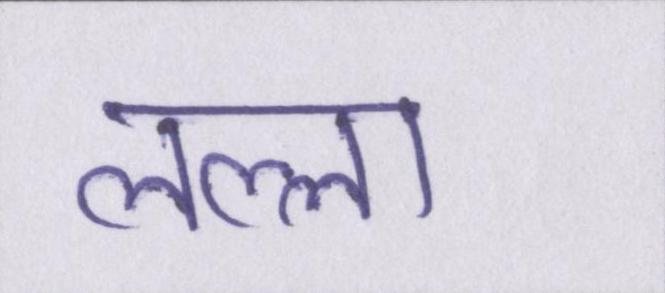
लल्ला